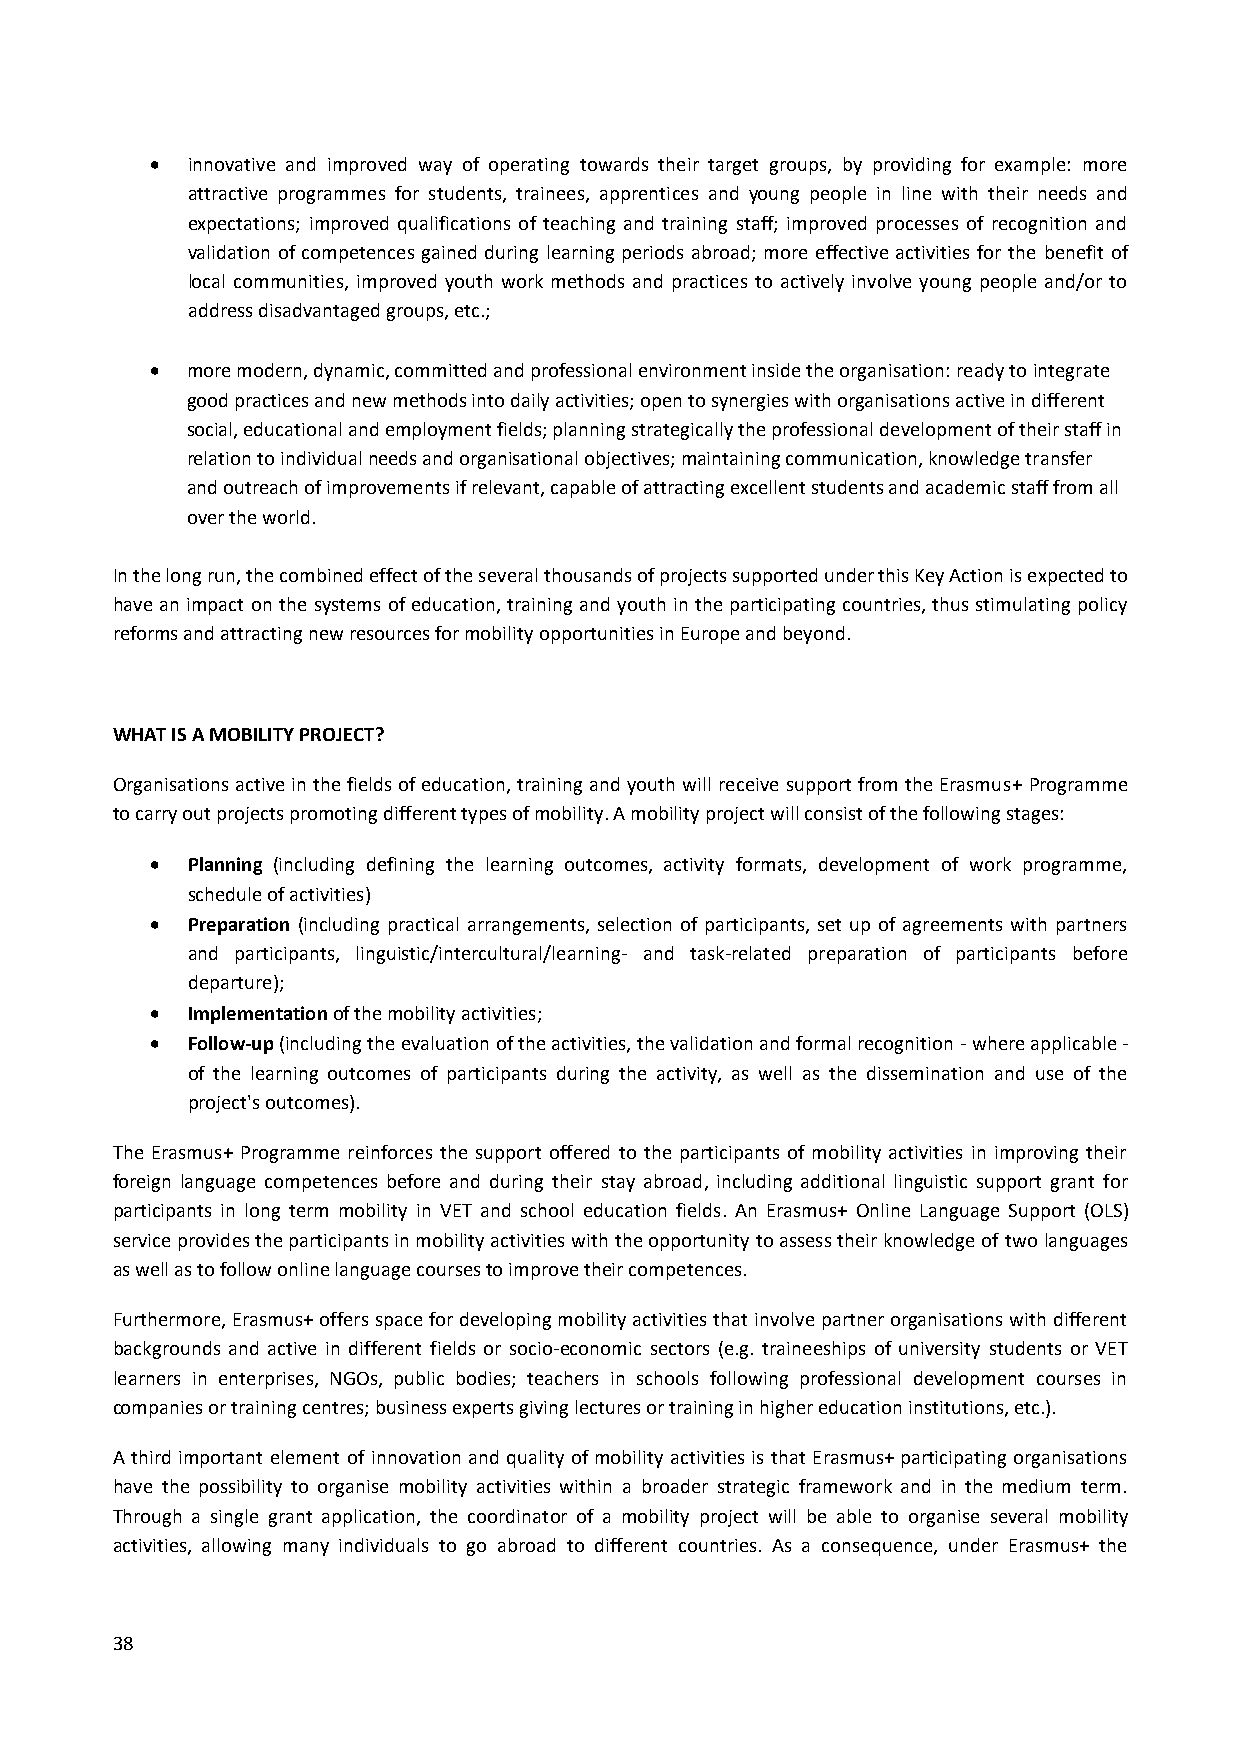
 innovative and improved way of operating towards their target groups, by providing for example: more
 attractive programmes for students, trainees, apprentices and young people in line with their needs and
 expectations; improved qualifications of teaching and training staff; improved processes of recognition and
 validation of competences gained during learning periods abroad; more effective activities for the benefit of
 local communities, improved youth work methods and practices to actively involve young people and/or to
 address disadvantaged groups, etc.;
  more modern, dynamic, committed and professional environment inside the organisation: ready to integrate
 good practices and new methods into daily activities; open to synergies with organisations active in different
 social, educational and employment fields; planning strategically the professional development of their staff in
 relation to individual needs and organisational objectives; maintaining communication, knowledge transfer
 and outreach of improvements if relevant, capable of attracting excellent students and academic staff from all
 over the world.
 In the long run, the combined effect of the several thousands of projects supported under this Key Action is expected to
 have an impact on the systems of education, training and youth in the participating countries, thus stimulating policy
 reforms and attracting new resources for mobility opportunities in Europe and beyond.
 WHAT IS A MOBILITY PROJECT?
 Organisations active in the fields of education, training and youth will receive support from the Erasmus+ Programme
 to carry out projects promoting different types of mobility. A mobility project will consist of the following stages:
  Planning (including defining the learning outcomes, activity formats, development of work programme,
 schedule of activities)
  Preparation (including practical arrangements, selection of participants, set up of agreements with partners
 and participants, linguistic/intercultural/learning- and task-related preparation of participants before
 departure);
  Implementation of the mobility activities;
  Follow-up (including the evaluation of the activities, the validation and formal recognition - where applicable -
 of the learning outcomes of participants during the activity, as well as the dissemination and use of the
 project's outcomes).
 The Erasmus+ Programme reinforces the support offered to the participants of mobility activities in improving their
 foreign language competences before and during their stay abroad, including additional linguistic support grant for
 participants in long term mobility in VET and school education fields. An Erasmus+ Online Language Support (OLS)
 service provides the participants in mobility activities with the opportunity to assess their knowledge of two languages
 as well as to follow online language courses to improve their competences.
 Furthermore, Erasmus+ offers space for developing mobility activities that involve partner organisations with different
 backgrounds and active in different fields or socio-economic sectors (e.g. traineeships of university students or VET
 learners in enterprises, NGOs, public bodies; teachers in schools following professional development courses in
 companies or training centres; business experts giving lectures or training in higher education institutions, etc.).
 A third important element of innovation and quality of mobility activities is that Erasmus+ participating organisations
 have the possibility to organise mobility activities within a broader strategic framework and in the medium term.
 Through a single grant application, the coordinator of a mobility project will be able to organise several mobility
 activities, allowing many individuals to go abroad to different countries. As a consequence, under Erasmus+ the
 38